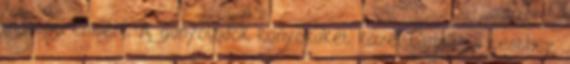
ingatag emberé. A gúnyolódok könyöküket közel tartják a testhez,